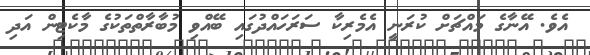
އެވެ. އޭނާގެ މައްޗަށް ކުރަނީ އެމެރިކާ ސަރަހައްދުގައި ބޭއްވި މުބާރާތްތަކުގެ މާކެޓިން އަދި